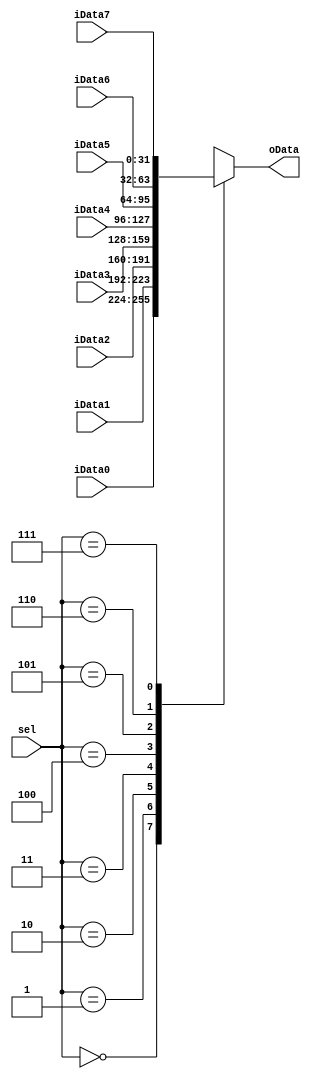
`timescale 1ns / 1ps

module mux_8_1(
    input [2:0] sel,
    input [31:0] iData0,
    input [31:0] iData1,
    input [31:0] iData2,
    input [31:0] iData3,
    input [31:0] iData4,
    input [31:0] iData5,
    input [31:0] iData6,
    input [31:0] iData7,
    output reg[31:0] oData
    );
    
    always@(*)
      case(sel)
        3'b000: oData = iData0;
        3'b001: oData = iData1;
        3'b010: oData = iData2;
        3'b011: oData = iData3;
        3'b100: oData = iData4;
        3'b101: oData = iData5;
        3'b110: oData = iData6;
        3'b111: oData = iData7;
        default:oData = 32'bz;
      endcase
      
endmodule